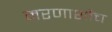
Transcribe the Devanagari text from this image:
मरणाशौच